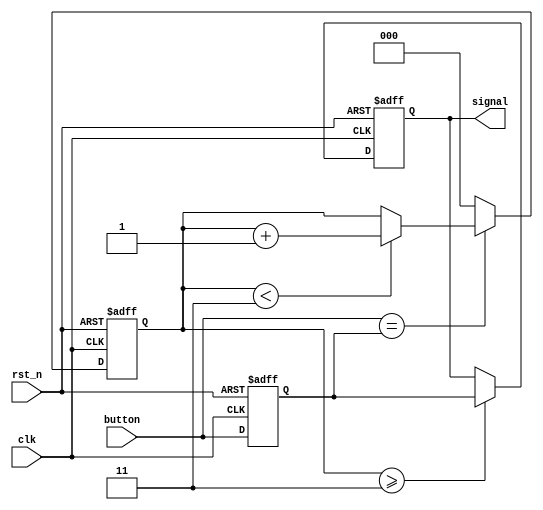


module DB_debouncer #(parameter LIMIT = 4)(
  input clk,
  input rst_n,
  input button,
  output signal
);

  reg [$clog2(LIMIT):0] ctr_nxt, ctr_ff;
  reg sync_nxt, sync_ff;
  reg button_nxt, button_ff;
 
  always @(posedge clk or negedge rst_n) begin
    if(~rst_n) begin
      ctr_ff    <= 'd0;
      sync_ff   <= 1'b0;
      button_ff <= 1'b0;
    end else begin
      ctr_ff    <= ctr_nxt;
      sync_ff   <= sync_nxt; 
      button_ff <= button_nxt;
    end
  end
 
  always @(*) begin
    sync_nxt   = sync_ff;
    ctr_nxt    = ctr_ff;
    button_nxt = button;
 
    if(button == button_ff) begin
      if(ctr_ff < LIMIT - 1)
        ctr_nxt = ctr_ff + 1;
    end else begin
      ctr_nxt = 'd0;
    end

    if(ctr_ff >= LIMIT - 1) sync_nxt = button_ff;
  end
  
  assign signal = sync_ff;
  
endmodule